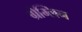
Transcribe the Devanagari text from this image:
ग्रेम्लिन